Report of the Imperial Institute of Veterinary Research, Muktesar
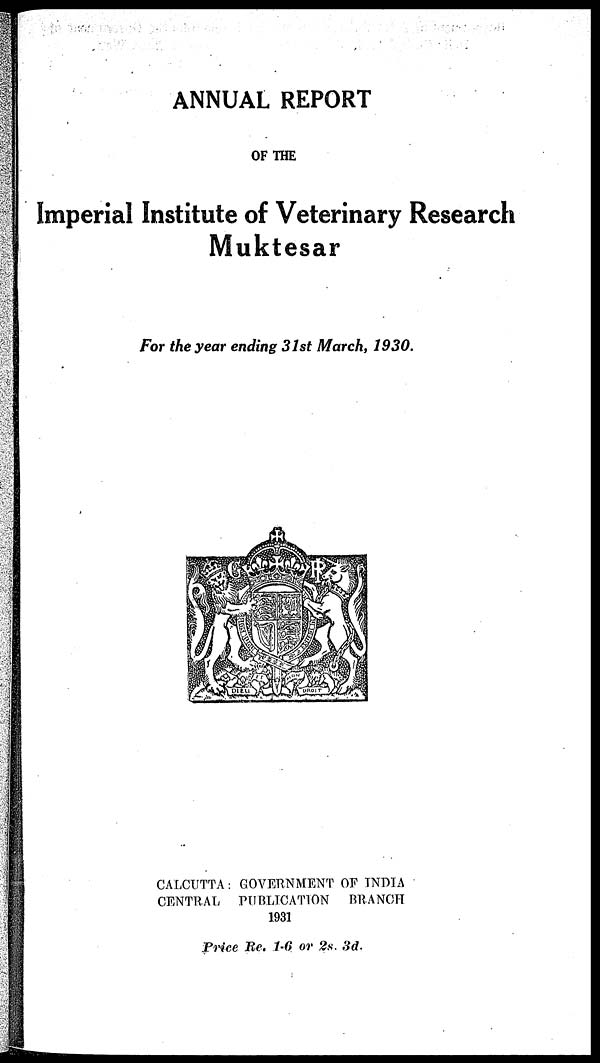
ANNUAL REPORT
OF THE
Imperial Institute of Veterinary Research
Muktesar
For the year ending 31st March, 1930.
CALCUTTA: GOVERNMENT OF INDIA
CENTRAL PUBLICATION BRANCH
1931
Price Re. 1-6 or 2s. 3d.